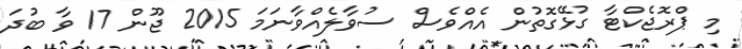
މި ޕްރޮޖެކްޓާ ގުޅޭގޮތުން އެއްވެސް ސުވާލެއްވާނަމަ 2015 ޖޫން 17 ވާ ބުދަ